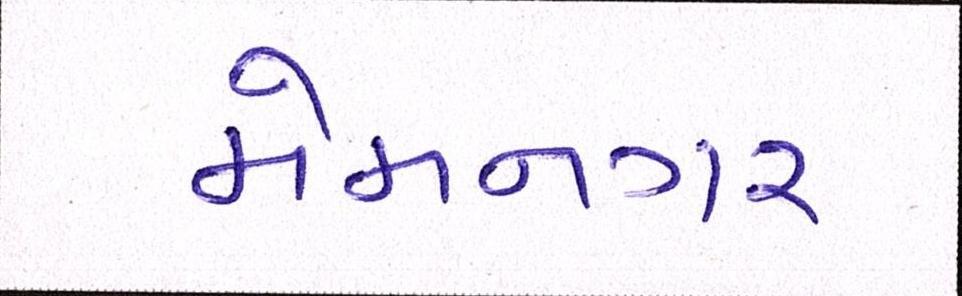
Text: મેમનગર